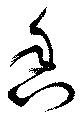
香